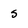
Character: s